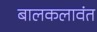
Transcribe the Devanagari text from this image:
बालकलावंत